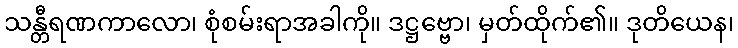
သန္တီရဏကာလော၊ စုံစမ်းရာအခါကို။ ဒဋ္ဌဗ္ဗော၊ မှတ်ထိုက်၏။ ဒုတိယေန၊